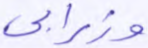
وزرابي